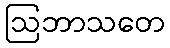
ဩဘာသတေ